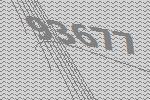
93677